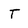
Character: T